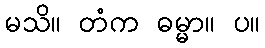
မသိ။ တံက ဓမ္မာ။ ပ။